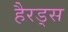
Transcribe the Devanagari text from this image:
हैरड्स